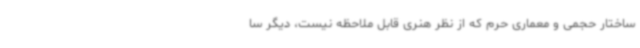
ساختار حجمی و معماری حرم که از نظر هنری قابل ملاحظه نیست، دیگر سا